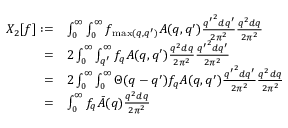
\begin{array} { r l } { X _ { 2 } [ f ] : = } & { \int _ { 0 } ^ { \infty } \int _ { 0 } ^ { \infty } f _ { \operatorname* { m a x } ( q , q ^ { \prime } ) } A ( q , q ^ { \prime } ) \frac { { q ^ { \prime } } ^ { 2 } d q ^ { \prime } } { 2 \pi ^ { 2 } } \frac { q ^ { 2 } d q } { 2 \pi ^ { 2 } } } \\ { = } & { 2 \int _ { 0 } ^ { \infty } \int _ { q ^ { \prime } } ^ { \infty } f _ { q } A ( q , q ^ { \prime } ) \frac { q ^ { 2 } d q } { 2 \pi ^ { 2 } } \frac { { q ^ { \prime } } ^ { 2 } d q ^ { \prime } } { 2 \pi ^ { 2 } } } \\ { = } & { 2 \int _ { 0 } ^ { \infty } \int _ { 0 } ^ { \infty } \Theta ( q - q ^ { \prime } ) f _ { q } A ( q , q ^ { \prime } ) \frac { { q ^ { \prime } } ^ { 2 } d q ^ { \prime } } { 2 \pi ^ { 2 } } \frac { q ^ { 2 } d q } { 2 \pi ^ { 2 } } } \\ { = } & { \int _ { 0 } ^ { \infty } f _ { q } \bar { A } ( q ) \frac { q ^ { 2 } d q } { 2 \pi ^ { 2 } } } \end{array}